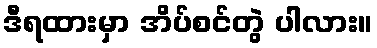
ဒီရထားမှာ အိပ်စင်တွဲ ပါလား။